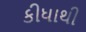
કીધાથી